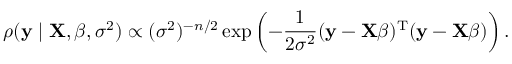
\rho ( \mathbf { y } \mid \mathbf { X } , { \boldsymbol { \beta } } , \sigma ^ { 2 } ) \propto ( \sigma ^ { 2 } ) ^ { - n / 2 } \exp \left( - { \frac { 1 } { 2 \sigma ^ { 2 } } } ( \mathbf { y } - \mathbf { X } { \boldsymbol { \beta } } ) ^ { \mathrm { { T } } } ( \mathbf { y } - \mathbf { X } { \boldsymbol { \beta } } ) \right) .